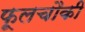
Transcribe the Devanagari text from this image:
फूलचौकी